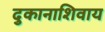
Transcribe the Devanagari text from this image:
दुकानाशिवाय